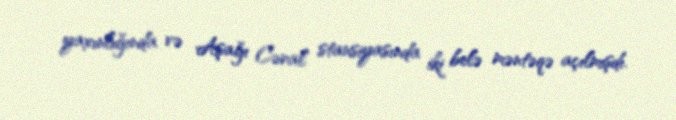
yaxınlığında və Aşağı Cəral stansiyasında iki belə məntəqə açılmışdı.